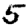
Digit: 5